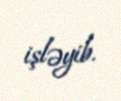
işləyib.